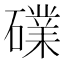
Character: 礏